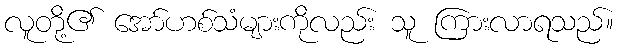
လူတို့၏ အော်ဟစ်သံများကိုလည်း သူ ကြားလာရသည်။